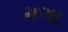
મગા